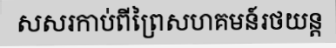
សសរកាប់ពីព្រៃសហគមន៍រថយន្ត